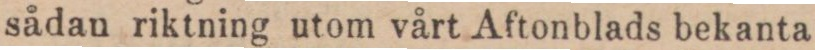
sådan riktning utom vårt Aftonblads bekanta